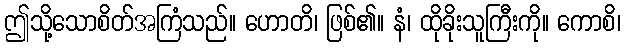
ဤသို့သောစိတ်အကြံသည်။ ဟောတိ၊ ဖြစ်၏။ နံ၊ ထိုခိုးသူကြီးကို။ ကောစိ၊